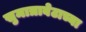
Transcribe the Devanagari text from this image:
सुमात्राबेटाच्या